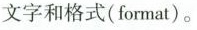
文字和格式(format)。